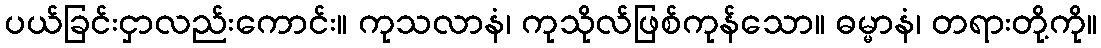
ပယ်ခြင်းငှာလည်းကောင်း။ ကုသလာနံ၊ ကုသိုလ်ဖြစ်ကုန်သော။ ဓမ္မာနံ၊ တရားတို့ကို။